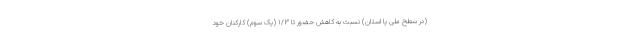
(در سطح ملی یا استان) نسبت به کاهش حضور تا ۱/۳ (یک سوم) کارکنان خود